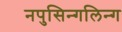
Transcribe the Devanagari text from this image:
नपुसिन्गलिन्ग